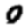
Digit: 0